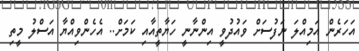
އަހަރެން އަމިއްލަ ނަފުސަށް ވައުދުވީ އިންނާނީ ހަޔާތީއާއި ކަމަށް.. އެހެންވިއްޔާ އަސްލު މީތި